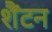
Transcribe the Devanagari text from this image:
शैंटन